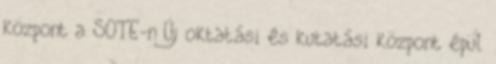
központ a SOTE-n Új oktatási és kutatási központ épül